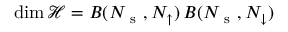
\dim \mathcal { H } = B ( N _ { \mathrm { ~ s ~ } } , N _ { \uparrow } ) \, B ( N _ { \mathrm { ~ s ~ } } , N _ { \downarrow } )